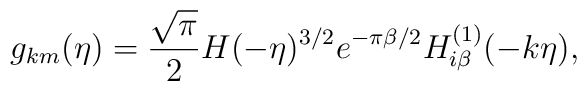
g_{km}(\eta) = \frac{\sqrt{\pi}}{2}H(-\eta)^{3/2}e^{-\pi\beta/2}H_{i\beta}^{(1)}(-k\eta),